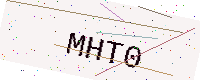
Text: MHT0